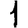
Digit: 1